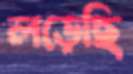
লড়েছি